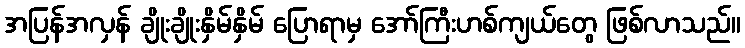
အပြန်အလှန် ချိုးချိုးနှိမ်နှိမ် ပြောရာမှ အော်ကြီးဟစ်ကျယ်တွေ ဖြစ်လာသည်။